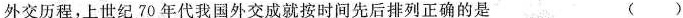
外交历程，上世纪70年代我国外交成就按时间先后排列正确的是 ( )